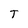
Character: T